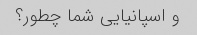
و اسپانیایی شما چطور؟